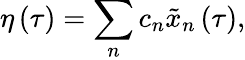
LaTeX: \eta\left(\tau\right)=\sum_{n}c_{n}\tilde{x}_{n}\left(\tau\right),